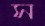
স